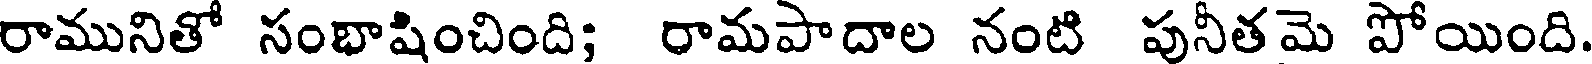
రామునితో సంభాషించింది; రామపాదాల నంటి పునీతమె పోయింది.